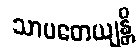
သာပတေယျန္တိ